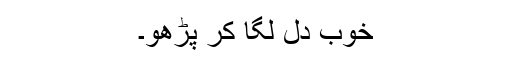
خوب دل لگا کر پڑھو۔